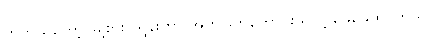
တကယ်တော့ မြို့စားပါရွန်းဟာ အကဲဖြတ်ကောင်းသူလို့ ဖေဖေထင်တယ်။